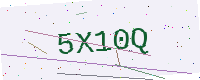
Text: 5X10Q